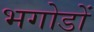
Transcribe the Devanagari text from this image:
भगोडों